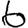
Digit: 6